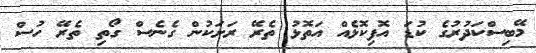
މޭބިސްކަދުރުގެ ކުޑަ އޮފިކޮޅެއް އަތޮޅު ތެރޭ ރަށަކުން ގެނެސް ގޯތި ތެރޭ ހުސް